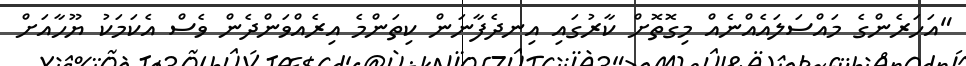
"އަހަރެންގެ މައްސަލައެއްނެއް މިގޮތޮށް ކާރުގައި އިނދެފާނަން ކިތަންމެ އިރެއްވަންދެން ވެސް އެކަމަކު ޔޫހާއަށް